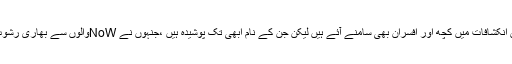
لیکن تازہ ترین انکشافات میں کچھ اور افسران بھی سامنے آئے ہیں لیکن جن کے نام ابھی تک پوشیدہ ہیں ،جنہوں نے NoWوالوں سے بھاری رشوت وصول کی ۔